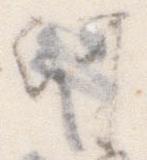
河